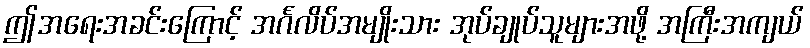
ဤအရေးအခင်းကြောင့် အင်္ဂလိပ်အမျိုးသား အုပ်ချုပ်သူများအဖို့ အကြီးအကျယ်